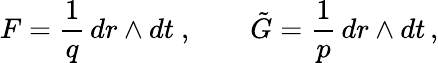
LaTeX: F=\frac{1}{q}\, dr\wedge dt\ ,\qquad\tilde{G}=\frac{1}{p}\, dr\wedge dt\, ,